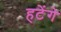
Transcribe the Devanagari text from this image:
हटेंगे